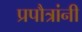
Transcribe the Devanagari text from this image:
प्रपौत्रांनी